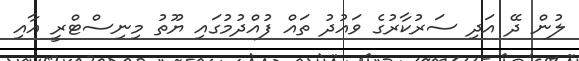
ލުން ދޭ އަދި ސަރުކާރުގެ ވައުދު ތައް ފުއްދުމުގައި ޔޫތު މިނިސްޓްރީ އާއި